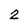
Character: 2